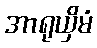
အာရုယှိမံ